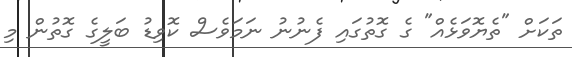
ތަކަށް "ތެޔޮވަޅެއް" ގެ ގޮތުގައި ފެނުނު ނަމަވެސް ކޮވިޑު ބަލީގެ ގޮތުން މި